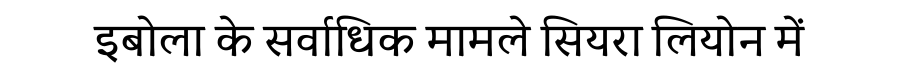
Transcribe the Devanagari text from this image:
इबोला के सर्वाधिक मामले सियरा लियोन में